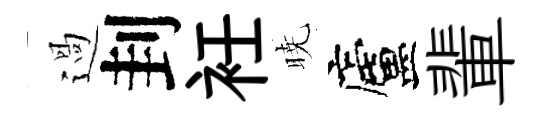
過刲衽暁廬輩